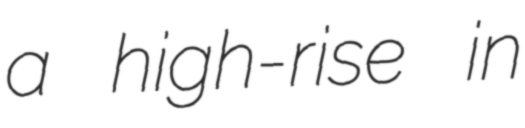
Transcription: a high-rise in